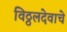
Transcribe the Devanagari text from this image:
विठ्ठलदेवाचे